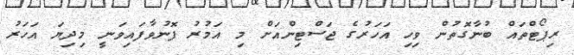
ރިޕޯޓްތައް ބުނާގޮތުން ވިހި އަހަރުގެ ޖަސްޓިންއަށް މި އަމުރު ފޮނުވާފައިވަނީ މިދިޔަ އަހަރު